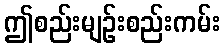
ဤစည်းမျဉ်းစည်းကမ်း